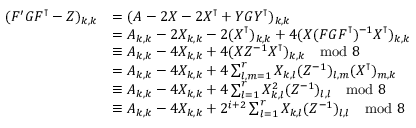
\begin{array} { r l } { ( F ^ { \prime } G F ^ { \intercal } - Z ) _ { k , k } } & { = ( A - 2 X - 2 X ^ { \intercal } + Y G Y ^ { \intercal } ) _ { k , k } } \\ & { = A _ { k , k } - 2 X _ { k , k } - 2 ( X ^ { \intercal } ) _ { k , k } + 4 ( X ( F G F ^ { \intercal } ) ^ { - 1 } X ^ { \intercal } ) _ { k , k } } \\ & { \equiv A _ { k , k } - 4 X _ { k , k } + 4 ( X Z ^ { - 1 } X ^ { \intercal } ) _ { k , k } \mod 8 } \\ & { = A _ { k , k } - 4 X _ { k , k } + 4 \sum _ { l , m = 1 } ^ { r } X _ { k , l } ( Z ^ { - 1 } ) _ { l , m } ( X ^ { \intercal } ) _ { m , k } } \\ & { \equiv A _ { k , k } - 4 X _ { k , k } + 4 \sum _ { l = 1 } ^ { r } X _ { k , l } ^ { 2 } ( Z ^ { - 1 } ) _ { l , l } \mod 8 } \\ & { \equiv A _ { k , k } - 4 X _ { k , k } + 2 ^ { i + 2 } \sum _ { l = 1 } ^ { r } X _ { k , l } ( Z ^ { - 1 } ) _ { l , l } \mod 8 } \end{array}